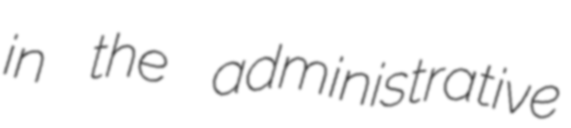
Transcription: in the administrative